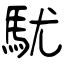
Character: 駀